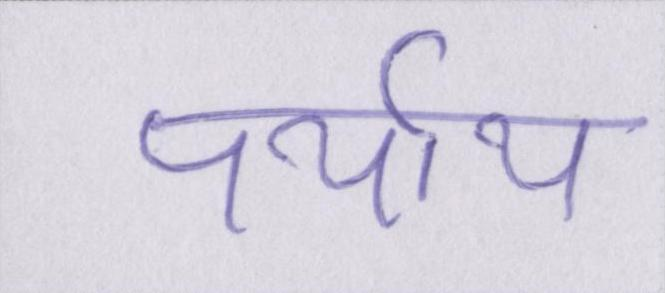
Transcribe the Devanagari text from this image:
पर्याय